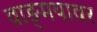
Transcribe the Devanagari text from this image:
वाङ्‍मयावर